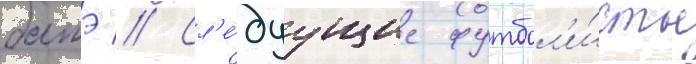
батэ // Сл'е́дуущие футбол'и́сты